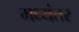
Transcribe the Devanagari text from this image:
मध्‍यंतर